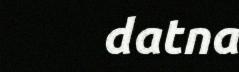
datna